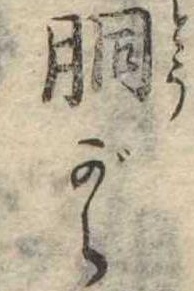
胴がら